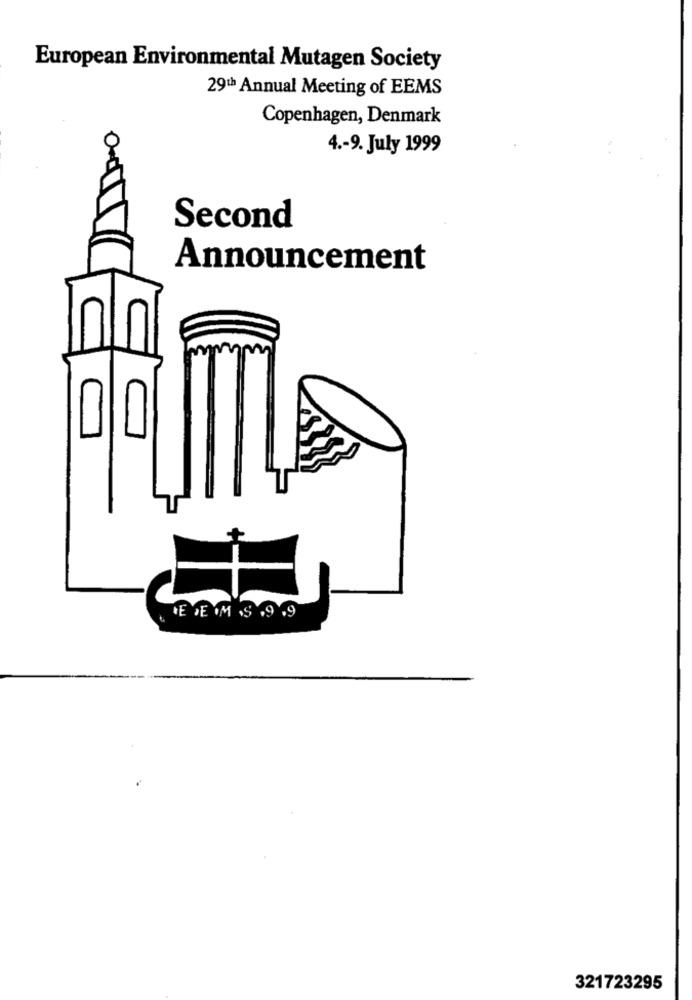
European Environmental Mutagen Society
29th Annual Meeting of EEMS
Copenhagen, Denmark
O
4 .- 9. July 1999
Second
Announcement
FEJEM S .9.9
321723295